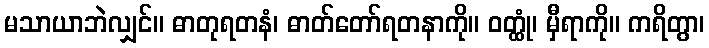
မသာယာဘဲလျှင်။ ဓာတုရတနံ၊ ဓာတ်တော်ရတနာကို။ ဝတ္ထုံ၊ မှီရာကို။ ကရိတွာ၊